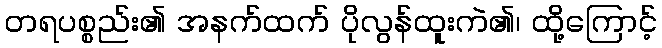
တရပစ္စည်း၏ အနက်ထက် ပိုလွန်ထူးကဲ၏၊ ထို့ကြောင့်